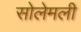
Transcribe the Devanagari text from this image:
सोलेमली